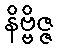
နိဗ္ဗိဇ္ဇ